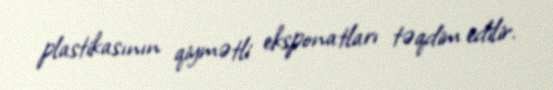
plastikasının qiymətli eksponatları təqdim edilir.